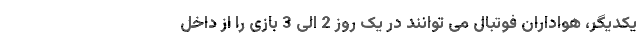
یکدیگر، هواداران فوتبال می توانند در یک روز 2 الی 3 بازی را از داخل